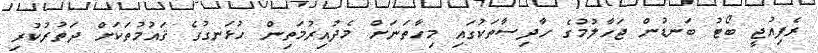
ރެފިއުޖީ ބޯޓު ބަނޑުން ޖަހާލުމުގެ ހާދިސާތަކުގައި މިހާތަނަށް މެދުއިރުމަތިން ހުޅަނގުގެ ޤައުމުތަކަށް ދަތުރުކުރި